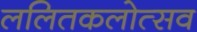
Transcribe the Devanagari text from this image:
ललितकलोत्सव